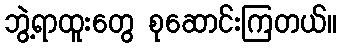
ဘွဲ့ရာထူးတွေ စုဆောင်းကြတယ်။